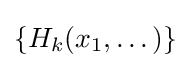
\{H_{k}(x_{1},\dots )\}